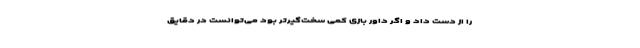
را از دست داد و اگر داور بازی کمی سخت‌گیرتر بود می‌توانست در دقایق